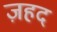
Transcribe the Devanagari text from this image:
ज़हद